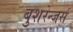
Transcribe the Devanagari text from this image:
बुशरेन्जर्स